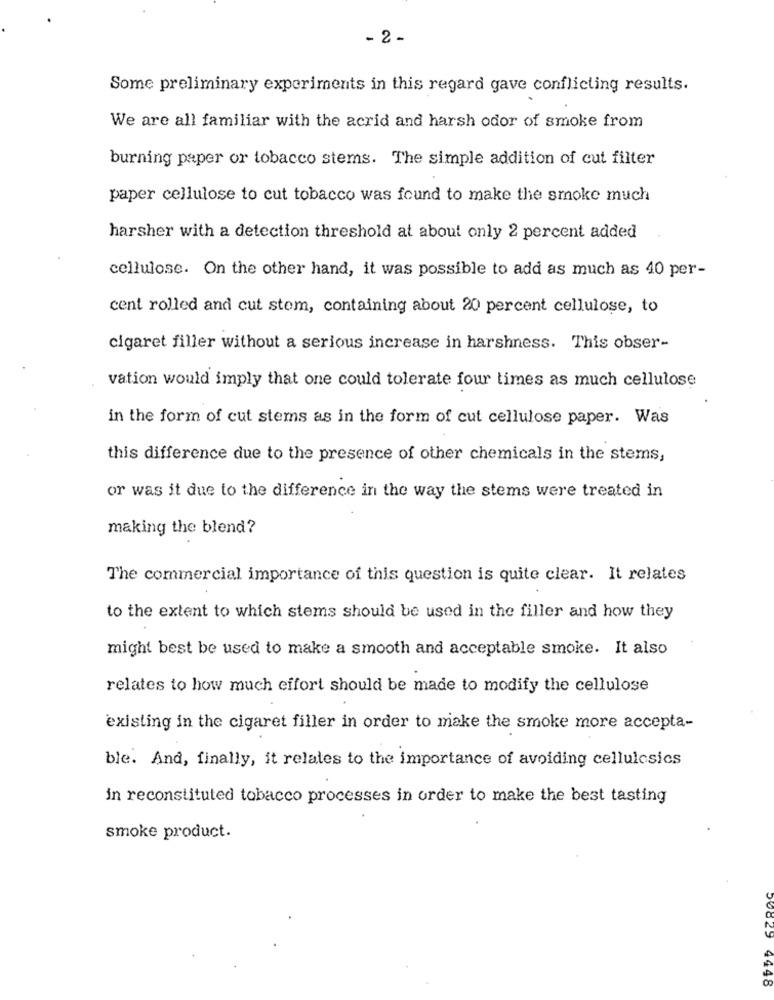
- 2 -
Some preliminary experiments in this regard gave conflicting results.
We are all familiar with the acrid and harsh odor of smoke from
burning paper or tobacco stems. The simple addition of cut filter
paper cellulose to cut tobacco was found to make the smoke much
harsher with a detection threshold at about only 2 percent added
cellulose. On the other hand, it was possible to add as much as 40 per-
cent rolled and cut stem, containing about 20 percent cellulose, to
cigaret filler without a serious increase in harshness. This obser-
vation would imply that one could tolerate four times as much cellulose
in the form of cut stems as in the form of cut cellulose paper. Was
this difference due to the presence of other chemicals in the stems,
or was it due to the difference in the way the stems were treated in
making the blend?
The commercial importance of this question is quite clear. It relates
to the extent to which stems should be used in the filler and how they
might best be used to make a smooth and acceptable smoke. It also
relates to how much effort should be made to modify the cellulose
existing in the cigaret filler in order to make the smoke more accepta-
ble. And, finally, it relates to the importance of avoiding cellulcsics
in reconstituted tobacco processes in order to make the best tasting
smoke product.
4448